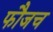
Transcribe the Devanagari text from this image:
फौजच